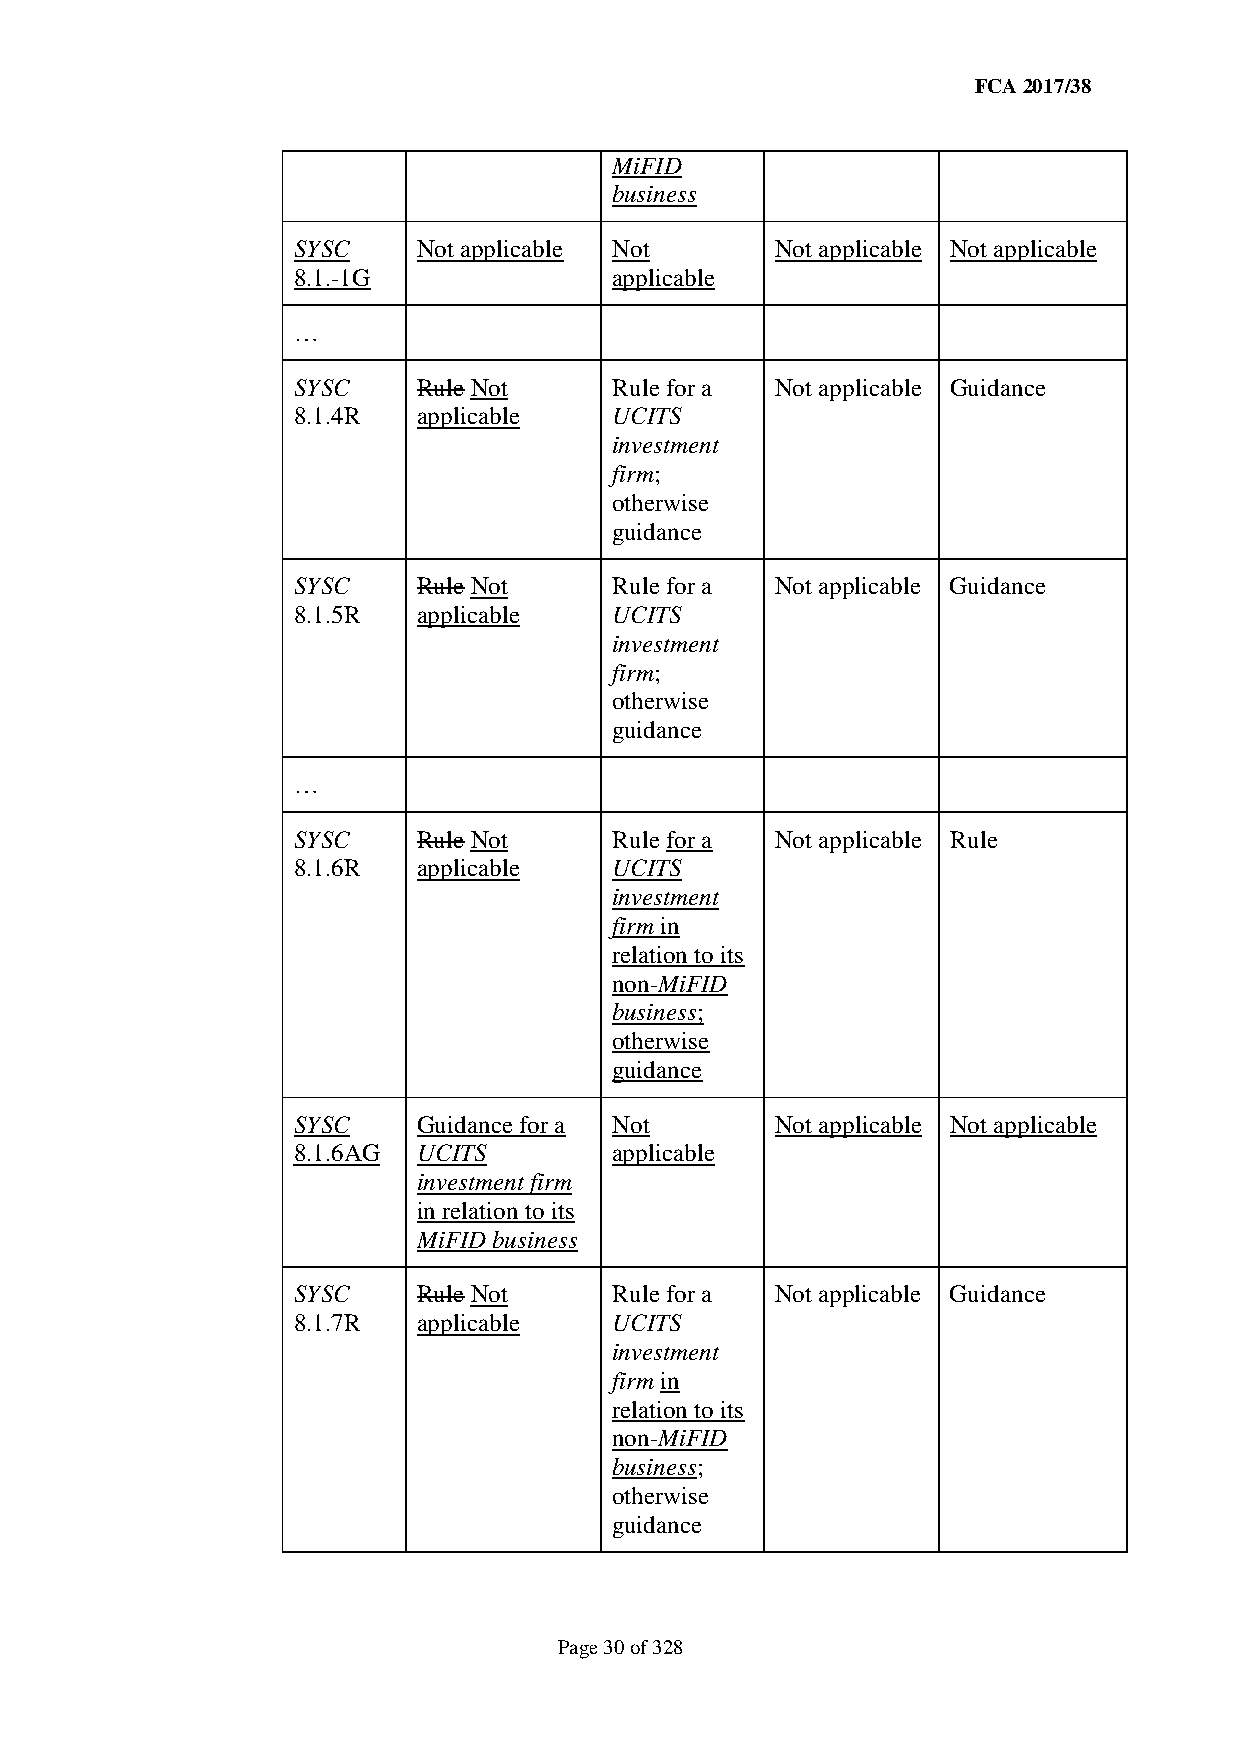
FCA 2017/38
 MiFID
 business
 SYSC     Not applicable Not     Not applicable Not applicable
 8.1.-1G               applicable
 …
 SYSC     Rule Not     Rule for a Not applicable Guidance
 8.1.4R   applicable   UCITS
 investment
 firm;
 otherwise
 guidance
 SYSC     Rule Not     Rule for a Not applicable Guidance
 8.1.5R   applicable   UCITS
 investment
 firm;
 otherwise
 guidance
 …
 SYSC     Rule Not     Rule for a Not applicable Rule
 8.1.6R   applicable   UCITS
 investment
 firm in
 relation to its
 non-MiFID
 business;
 otherwise
 guidance
 SYSC     Guidance for a Not     Not applicable Not applicable
 8.1.6AG  UCITS        applicable
 investment firm
 in relation to its
 MiFID business
 SYSC     Rule Not     Rule for a Not applicable Guidance
 8.1.7R   applicable   UCITS
 investment
 firm in
 relation to its
 non-MiFID
 business;
 otherwise
 guidance
 Page 30 of 328